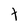
Character: t